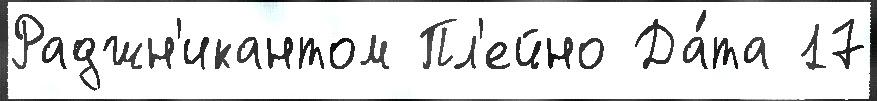
Раджн'икантом Пл'ейно Да́та 17